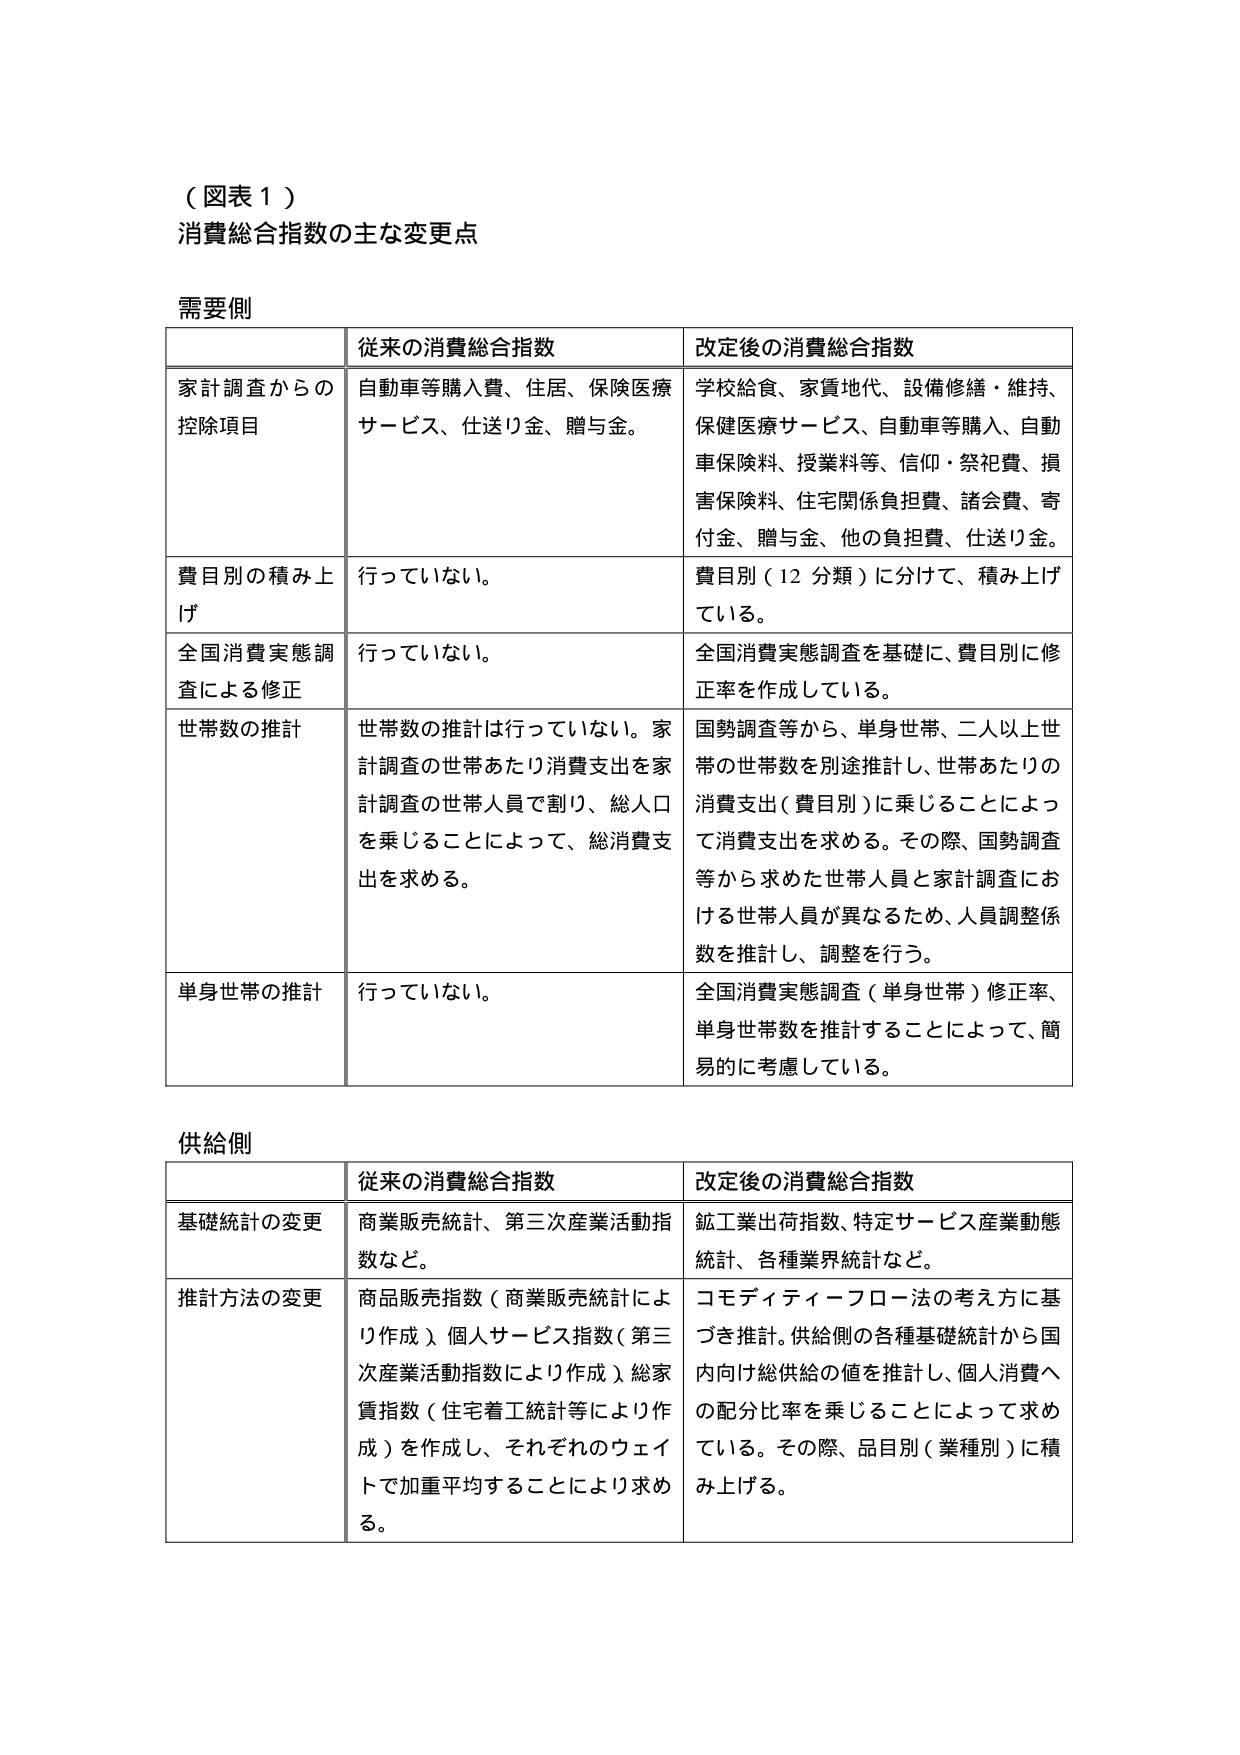
（図表１）
消費総合指数の主な変更点

需要側

| | 従来の消費総合指数 | 改定後の消費総合指数 |
|---|---|---|
| 家計調査からの控除項目 | 自動車等購入費、住居、保険医療サービス、仕送り金、贈与金。 | 学校給食、家賃地代、設備修繕・維持、保健医療サービス、自動車等購入、自動車保険料、授業料等、信仰・祭祀費、損害保険料、住宅関係負担費、諸会費、寄付金、贈与金、他の負担費、仕送り金。 |
| 費目別の積み上げ | 行っていない。 | 費目別（12分類）に分けて、積み上げている。 |
| 全国消費実態調査による修正 | 行っていない。 | 全国消費実態調査を基礎に、費目別に修正率を作成している。 |
| 世帯数の推計 | 世帯数の推計は行っていない。家計調査の世帯あたり消費支出を家計調査の世帯人員で割り、総人口を乗じることによって、総消費支出を求める。 | 国勢調査等から、単身世帯、二人以上世帯の世帯数を別途推計し、世帯あたりの消費支出（費目別）に乗じることによって消費支出を求める。その際、国勢調査等から求めた世帯人員と家計調査における世帯人員が異なるため、人員調整係数を推計し、調整を行う。 |
| 単身世帯の推計 | 行っていない。 | 全国消費実態調査（単身世帯）修正率、単身世帯数を推計することによって、簡易的に考慮している。 |

供給側

| | 従来の消費総合指数 | 改定後の消費総合指数 |
|---|---|---|
| 基礎統計の変更 | 商業販売統計、第三次産業活動指数など。 | 鉱工業出荷指数、特定サービス産業動態統計、各種業界統計など。 |
| 推計方法の変更 | 商品販売指数（商業販売統計により作成）、個人サービス指数（第三次産業活動指数により作成）、総家賃指数（住宅着工統計等により作成）を作成し、それぞれのウェイトで加重平均することにより求める。 | コモディティーフロー法の考え方に基づき推計。供給側の各種基礎統計から国内向け総供給の値を推計し、個人消費への配分比率を乗じることによって求めている。その際、品目別（業種別）に積み上げる。 |